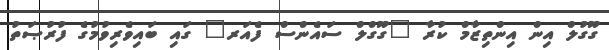
ގޫގުލް އިން އިންތިޒާމް ކުރާ "ގޫގްލް ސައެންސް ފެއަރ" ގައި ބައިވެރިވުމުގެ ފުރުޞަތު